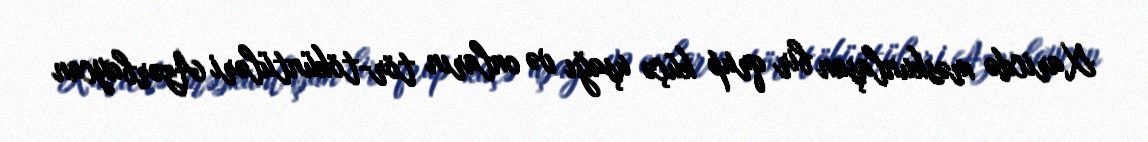
Xaricdə məskunlaşan bir qrup küçə uşağı və onların tör-töküntüləri Azərbaycan